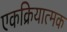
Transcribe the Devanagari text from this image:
एकक्रियात्मक